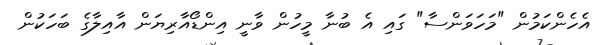
އެހެންކަމުން "މަހަވަންސާ" ގައި އެ ބުނާ މީހުން ވާނީ އިންޑޯއާރިޔަން އާއިލާގެ ބަހަކުން